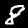
Digit: 8